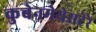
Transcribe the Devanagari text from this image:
कुचेनमेयेसटेरे